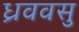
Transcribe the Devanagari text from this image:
ध्रववसु